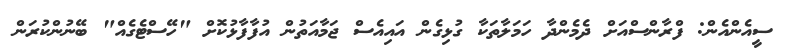
ސީއެންއެން: ފްރާންސްއަށް ދެމެންދާ ހަމަލާތަކާ ގުޅިގެން އައިއެސް ޖަމާއަތުން އުފާފާޅުކޮށް "ހޭސްޓެގެއް" ބޭނުންކުރަން